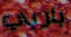
باربي